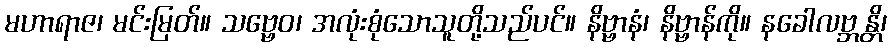
မဟာရာဇ၊ မင်းမြတ်။ သဗ္ဗေဝ၊ အလုံးစုံသောသူတို့သည်ပင်။ နိဗ္ဗာနံ၊ နိဗ္ဗာန်ကို။ နခေါလဗ္ဘန္တိ၊